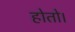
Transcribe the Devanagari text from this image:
होतो।